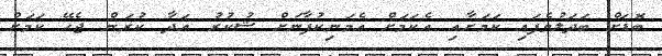
ބޮޑަށް ބަދަލުވެފައި ކަމަށާއި އެކަމަށް އެމަނިކުފާނަށް ޝުކުރު އަދާ ކުރަން ޖެހޭ ކަމަށް